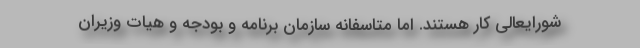
شورایعالی کار هستند. اما متاسفانه سازمان برنامه و بودجه و هیات وزیران